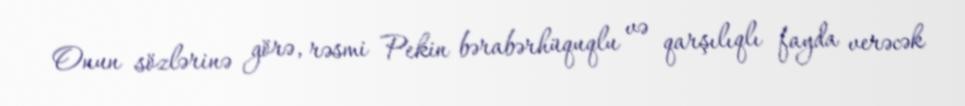
Onun sözlərinə görə, rəsmi Pekin bərabərhüquqlu və qarşılıqlı fayda verəcək